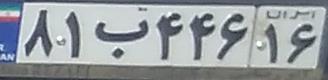
۸۱ب۴۴۶۱۶